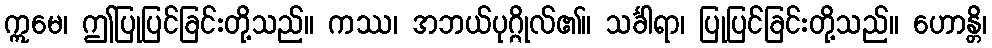
ဣမေ၊ ဤပြုပြင်ခြင်းတို့သည်။ ကဿ၊ အဘယ်ပုဂ္ဂိုလ်၏။ သင်္ခါရာ၊ ပြုပြင်ခြင်းတို့သည်။ ဟောန္တိ၊